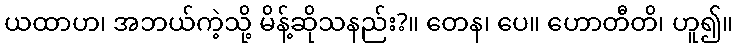
ယထာဟ၊ အဘယ်ကဲ့သို့ မိန့်ဆိုသနည်း?။ တေန၊ ပေ။ ဟောတီတိ၊ ဟူ၍။